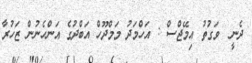
ދެނީ  ވަގުތު އިމޭޖްސް : އަހްމަދު މަމްދޫހް އަބްދުގެ އަންހެނުން ޒަހުރާ